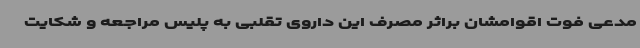
مدعی فوت اقوامشان براثر مصرف این داروی تقلبی به پلیس مراجعه و شکایت